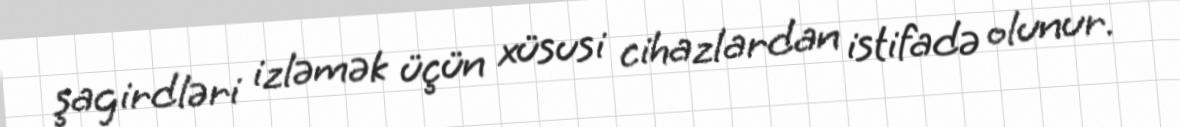
şagirdləri izləmək üçün xüsusi cihazlardan istifadə olunur.